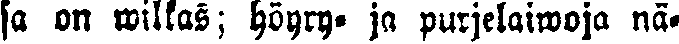
sa on willas; höyry- ja purjelaiwoja nä-